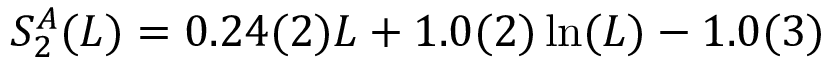
S _ { 2 } ^ { A } ( L ) = 0 . 2 4 ( 2 ) L + 1 . 0 ( 2 ) \ln ( L ) - 1 . 0 ( 3 )